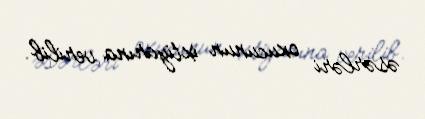
əsərləri oxucunun ixtiyarına verilib.